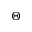
\Theta